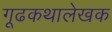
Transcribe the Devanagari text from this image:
गूढकथालेखक